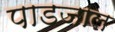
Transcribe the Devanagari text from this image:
पाडजाल